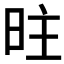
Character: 𱡽